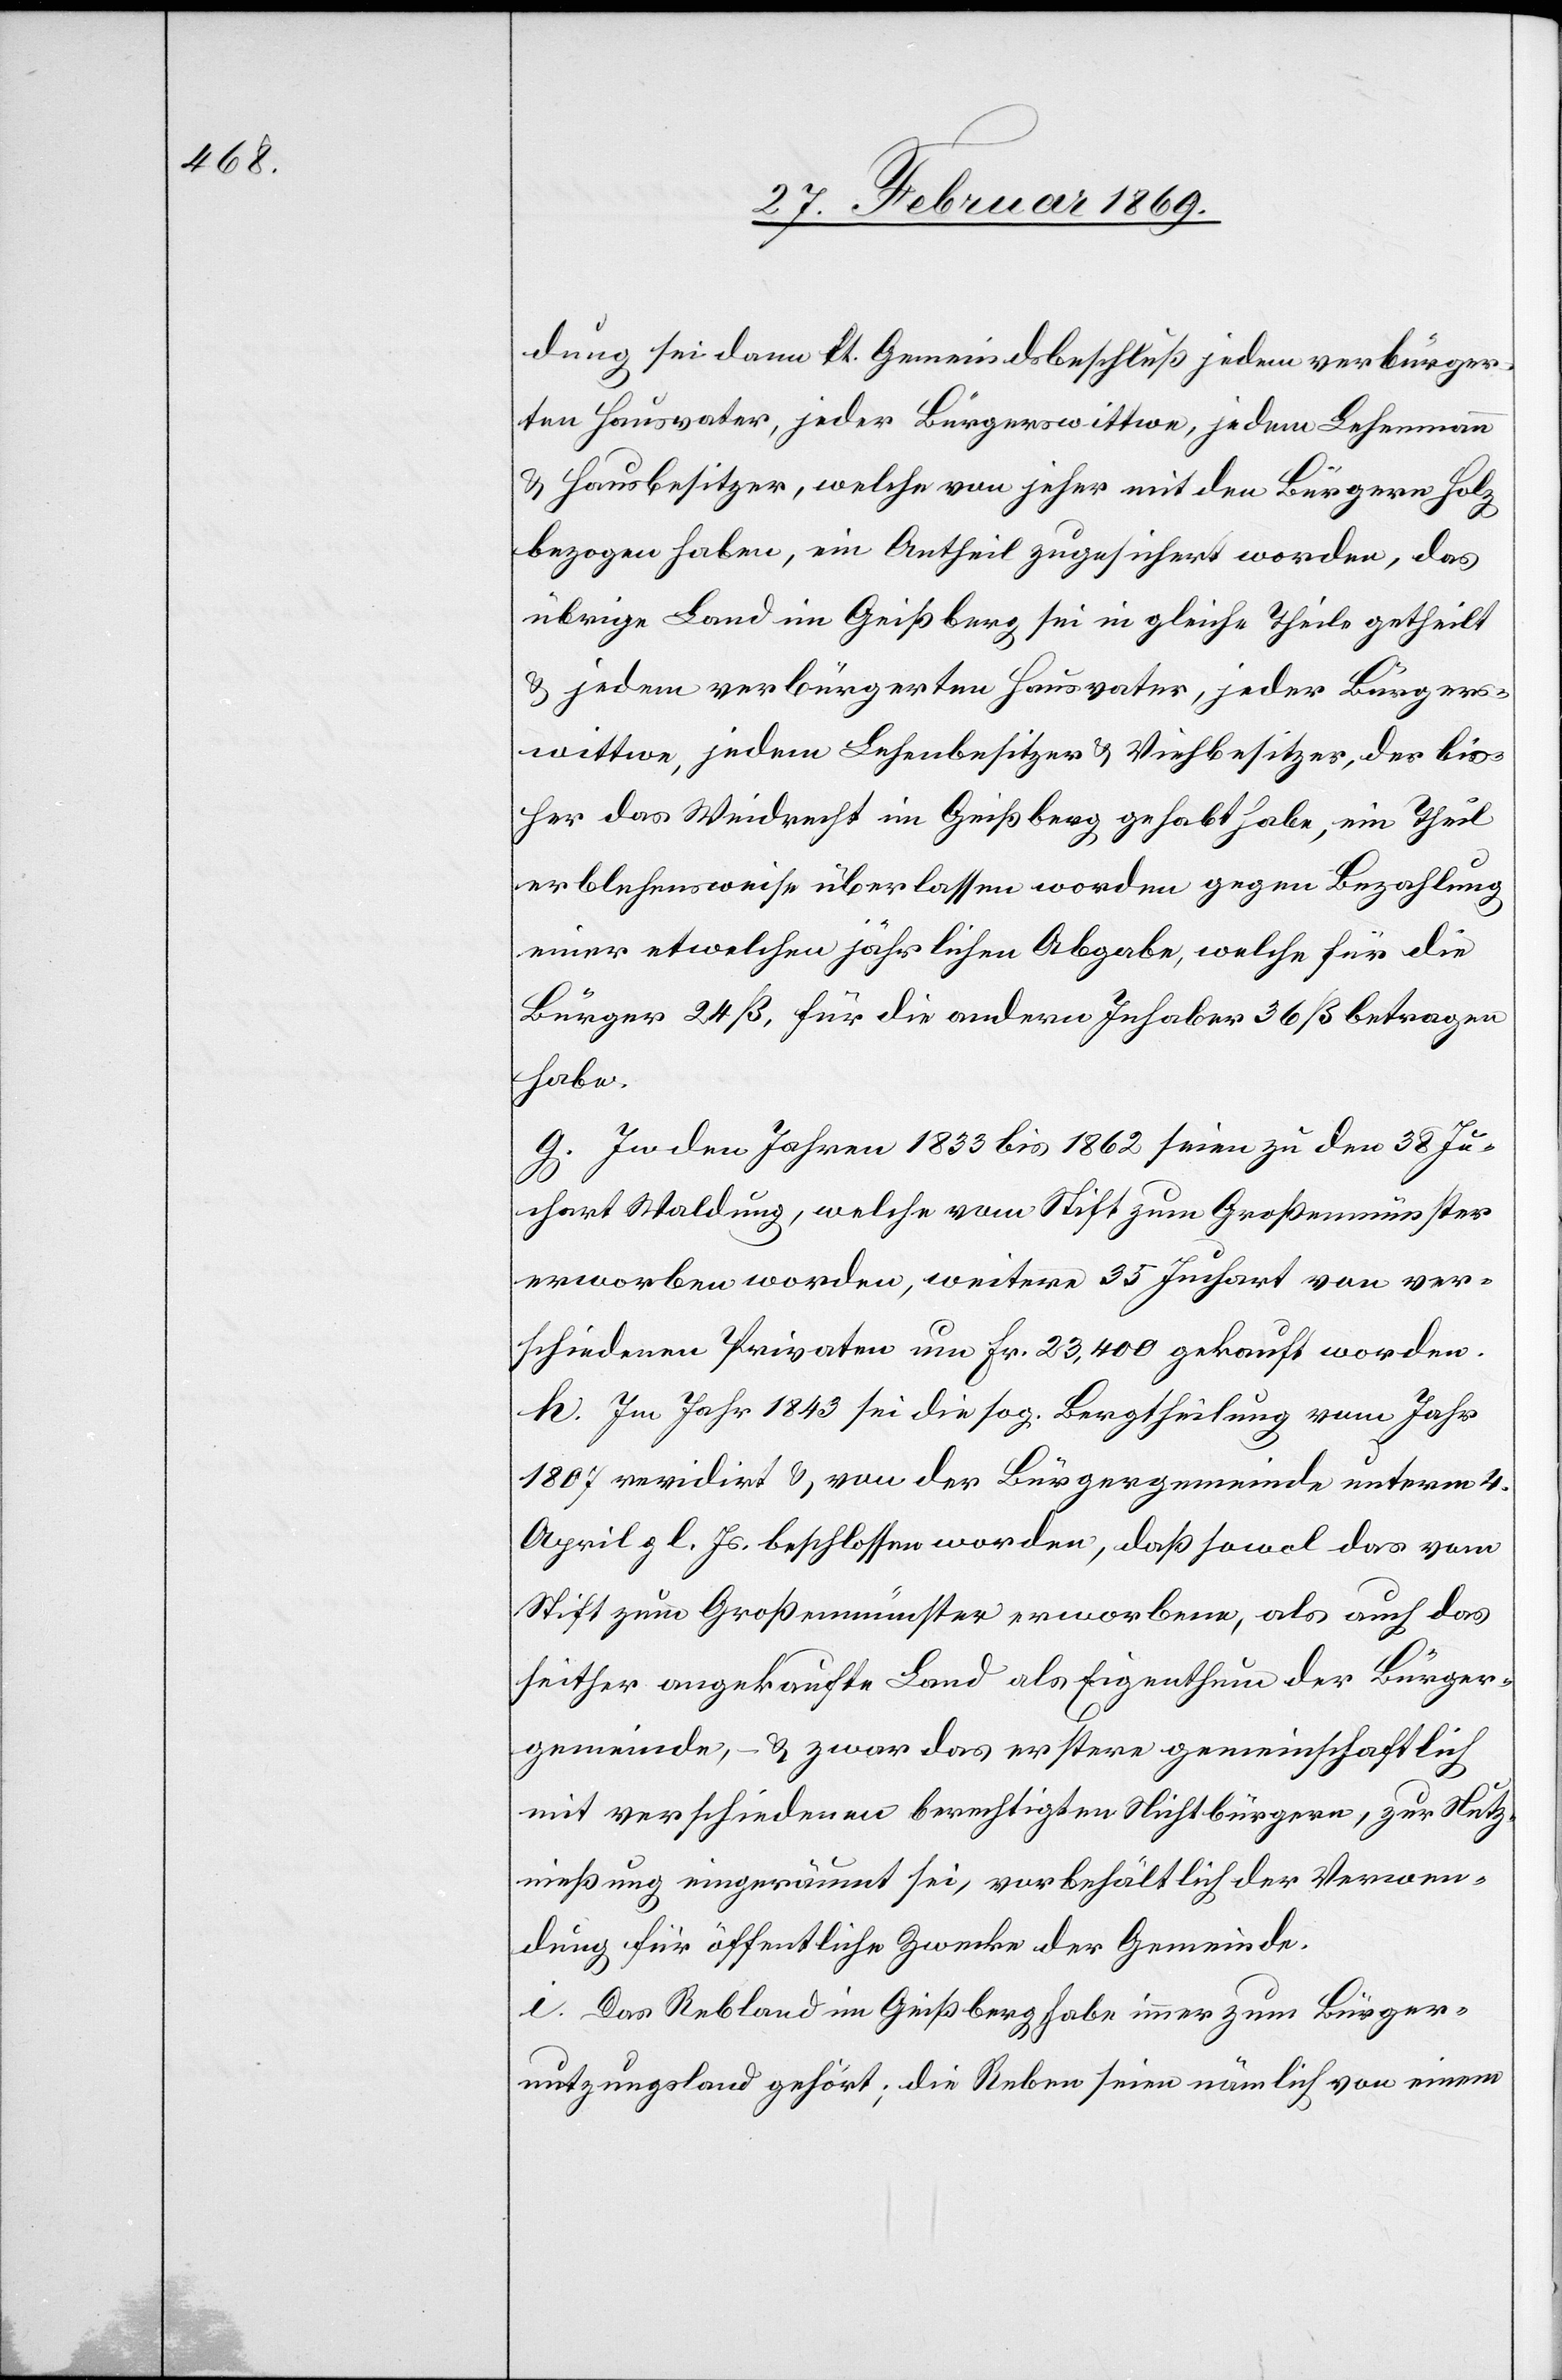
dung sei dann lt. Gemeindsbeschluß jedem verbürger¬
ten Hausvater, jeder Bürgerswittwe, jedem Lehemann
& Hausbesitzer, welche von jeher mit den Bürgern Holz
bezogen haben, ein Antheil zugesichert worden, das
übrige Land im Geißberg sei in gleiche Theile getheilt
& jedem verbürgerten Hausvater, jeder Bürgers¬
wittwe, jedem Lehensbesitzer & Viehbesitzer, der bis¬
her das Weidrecht im Geißberg gehabt habe, ein Theil
erblehensweise überlassen worden gegen Bezahlung
einer etwelchen jährlichen Abgabe, welche für die
Bürger 24 ß, für die andern Inhaber 36 ß betragen
habe.
g. In den Jahren 1833 bis 1862 seien zu den 38 Ju¬
chart Waldung, welche vom Stift zum Großmünster
erworben worden, weitere 35 Juchart von ver¬
schiedenen Privaten um Hr. 23,400 gekauft worden.
h. Im Jahr 1843 sei die sog. Beurtheilung vom Jahr
1807 revidirt & von der Bürgergemeinde unterm 4.
April gl. Js. beschlossen worden, daß sowol das vom
Stift zum Großmünster erworbene, als auch das
seither angekaufte Land als Eigenthum der Bürger¬
gemeinde, – & zwar das erstere gemeinschaftlich
mit verschiedenen berechtigten Nichtbürgern, zur Nutz¬
nießung eingeräumt sei, vorbehältlich der Verwen¬
dung für öffentliche Zwecke der Gemeinde.
i. Das Rebland im Geißberg, habe immer zum Bürger¬
nutzungsland gehört, die Reben seien nämlich von einem